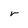
Character: r